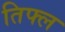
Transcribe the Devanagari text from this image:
तिफ्ल